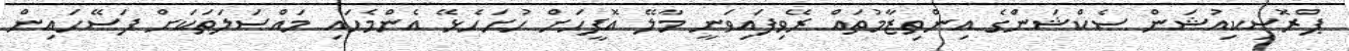
ޕްރޮސިކިއުޝަން ސެކްޝަންގެ އިންތިޒާމުތައް ރޭވިފައިވަނީ މާލޭ އޮފީހަށް ހުށަހެޅޭ އެންމެހައި މައްސަލަތަކަށް ފަސޭހައިން